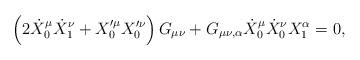
LaTeX: \begin{align*}\left(2 \dot{X}_{0}^{\mu} \dot{X}_{1}^{\nu} + X_{0}'^{\mu} X_{0}'^{\nu}\right)G_{\mu \nu} + G_{\mu \nu, \alpha} \dot{X}_{0}^{\mu}\dot{X}_{0}^{\nu}X_{1}^{\alpha}=0,\end{align*}